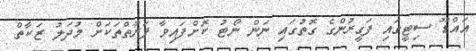
އައްޑޫ ސިޓީގައި ފަގީރުންގެ ގޮތުގައި ނަން ނޯޓު ކޮށްފައިވާ ފަރާތްތަކަށް މުދަލު ޒަކާތް